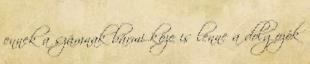
ennek a számnak bármi köze is lenne a dolgozók